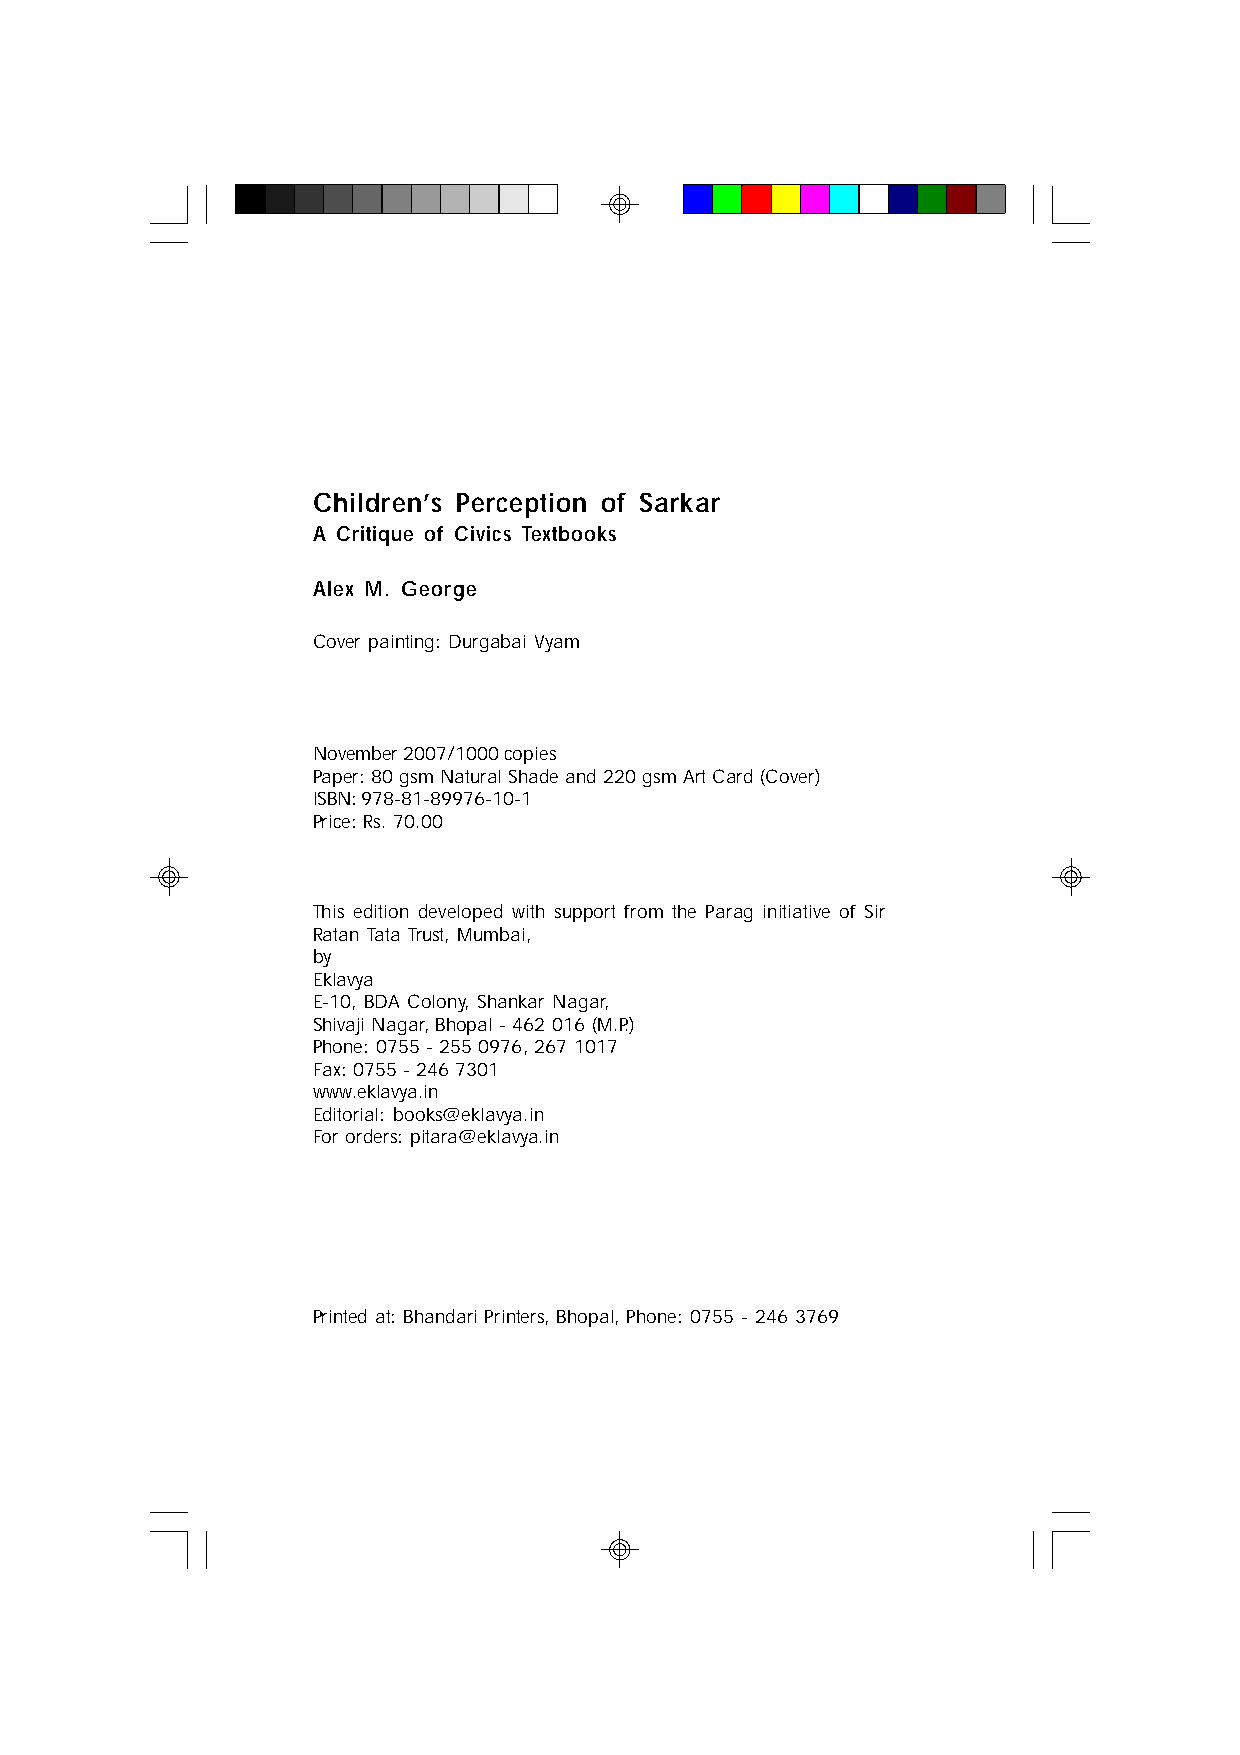
Children’s Perception of Sarkar
 A Critique of Civics Textbooks
 Alex M. George
 Cover painting: Durgabai Vyam
 November 2007/1000 copies
 Paper: 80 gsm Natural Shade and 220 gsm Art Card (Cover)
 ISBN: 978-81-89976-10-1
 Price: Rs. 70.00
 This edition developed with support from the Parag initiative of Sir
 Ratan Tata Trust, Mumbai,
 by
 Eklavya
 E-10, BDA Colony, Shankar Nagar,
 Shivaji Nagar, Bhopal - 462 016 (M.P.)
 Phone: 0755 - 255 0976, 267 1017
 Fax: 0755 - 246 7301
 www.eklavya.in
 Editorial: books@eklavya.in
 For orders: pitara@eklavya.in
 Printed at: Bhandari Printers, Bhopal, Phone: 0755 - 246 3769